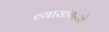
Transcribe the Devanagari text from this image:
व्याख्यानो